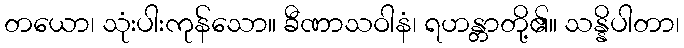
တယော၊ သုံးပါးကုန်သော။ ခီဏာသဝါနံ၊ ရဟန္တာတို့၏။ သန္နိပါတာ၊